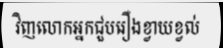
វិញលោកអ្នកជួបរឿងខ្វាយខ្វល់